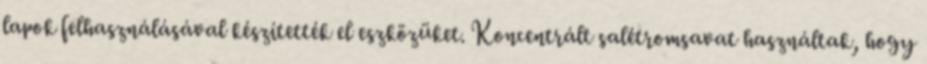
lapok felhasználásával készítették el eszközüket. Koncentrált salétromsavat használtak, hogy